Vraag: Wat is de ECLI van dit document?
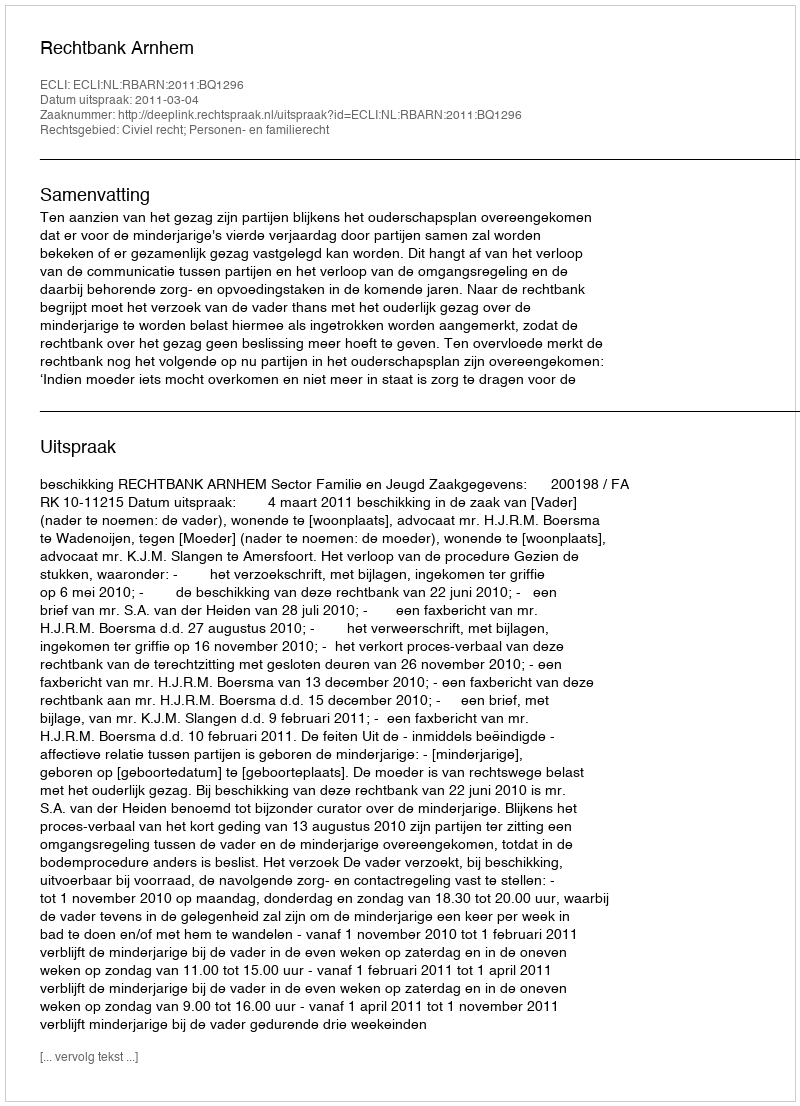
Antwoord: ECLI:NL:RBARN:2011:BQ1296